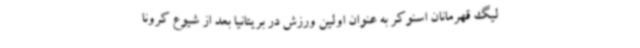
لیگ قهرمانان اسنوکر به عنوان اولین ورزش در بریتانیا بعد از شیوع کرونا